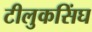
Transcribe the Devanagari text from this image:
टीलुकसिंघ